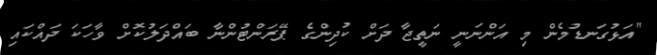
"އަޅުގަނޑުމެން މި އަންނަނީ ނަތީޖާ ދަށް ކުދިންގެ ޕޭރަންޓުންނާ ބައްދަލުކޮށް ވާހަކަ ދައްކައި